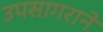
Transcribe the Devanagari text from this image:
उपसागराने